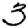
Digit: 3